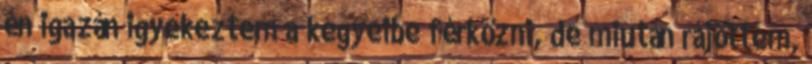
én igazán igyekeztem a kegyeibe férkőzni, de miután rájöttem,